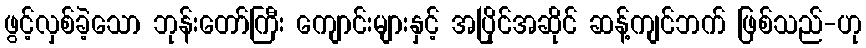
ဖွင့်လှစ်ခဲ့သော ဘုန်းတော်ကြီး ကျောင်းများနှင့် အပြိုင်အဆိုင် ဆန့်ကျင်ဘက် ဖြစ်သည်-ဟု